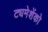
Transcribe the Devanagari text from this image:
ट्यमेशेंको